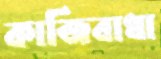
কাজিবাধা